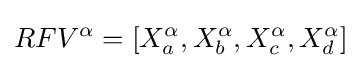
RFV^{\alpha }=[X_{a}^{\alpha },X_{b}^{\alpha },X_{c}^{\alpha },X_{d}^{\alpha }]